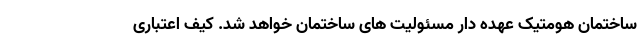
ساختمان هومتیک عهده دار مسئولیت های ساختمان خواهد شد. کیف اعتباری